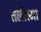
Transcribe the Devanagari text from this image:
तलीस्‍मा